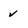
Character: v